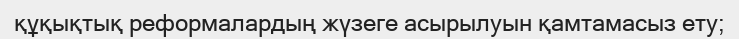
құқықтық реформалардың жүзеге асырылуын қамтамасыз ету;